Vaccination United Provinces of Agra and Oudh 1923-1928 - 1923-1928
Year: 1923
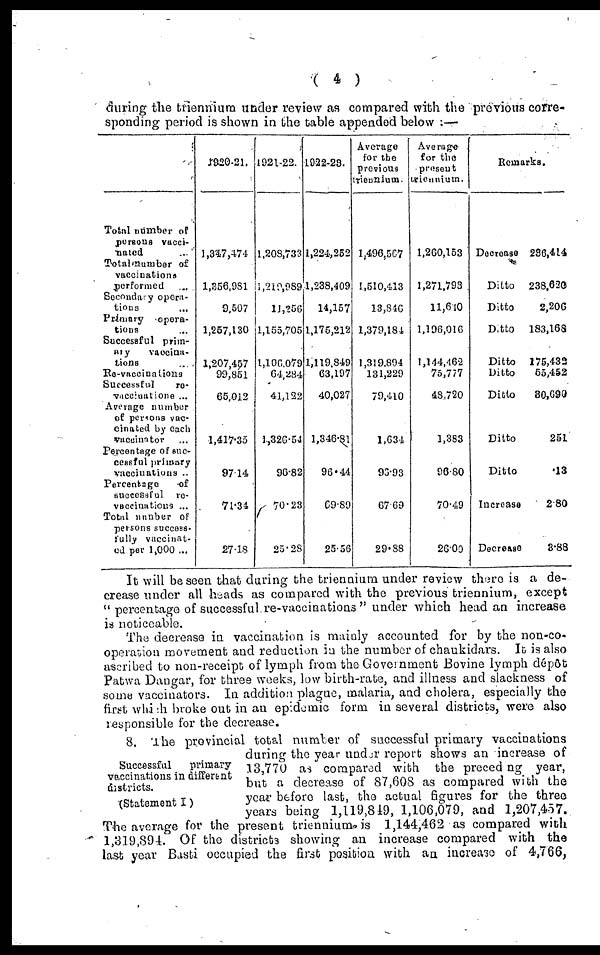
( 4 )
during the triennium under review as compared with the previous corre-
sponding period is shown in the table appended below :—
Total number of
persons vacci-
nated ...
Total number of
vaccinations
performed ...
Secondary opera-
tions ...
Primery
opera-
tions ...
Successful prim-
ary
vaccina-
tions ...
Re-vaccinations
Successful
re-
vaccinations ...
Average number
of persons vac-
cinated by each
vaccinator ...
Percentage of suc-
cessful primary
vaccinations ..
Percentage
of
successful
re-
vaccinations ...
Total number of
persons success-
fully vaccinat-
ed per 1,000 ...
1920-21.
1,347,474
1,358,981
9,507
1,257,130
1,207,457
99,851
65,012
1,417.35
97.14
71.34
27.18
1921-22.
1,208,733
1,219,989
11,256
1,155,705
1,106,079
64,284
41,122
1,326.54
96.82
70.23
25.28
1922-23.
1,224,252
1,238,409
14,157
1,175,212
1,119,849
63,197
40,027
1,346.81
96.44
69.89
25.36
Average
for the
previous
triennium.
1,496,567
1,510,413
13,816
1,379,184
1,319,894
131,229
79,410
1,634
93.93
67.69
29.88
Average
for the
present
trieunium.
1,260,153
1,271,793
11,610
1,196,016
1,144,462
76,777
43,720
1,383
90.80
70.49
26.00
Remarks.
Decrease
Ditto
Ditto
Ditto
Ditto
Ditto
Ditto
Ditto
Ditto
Increase
Decrease
236,414
238,620
2,206
183,168
175,433
55,452
80,690
251
.13
2.80
3.88
It will be seen that during the triennium under review there is a de-
crease under all heads as compared with the previous triennium, except
" percentage of successful re-vaccinations " under which head an increase
is noticeable.
The decrease in vaccination is mainly accounted for by the non-co-
operation movement and reduction in the number of chaukidars. It is also
ascribed to non-receipt of lymph from the Government Bovine lymph dépôt
Patwa Dangar, for three weeks, low birth-rate, and illness and slackness of
some vaccinators. In addition plague, malaria, and cholera, especially the
first which broke out in an cpidemic form in several districts, were also
responsible for the decrease.
Successful primary
vaccinations in different
districts.
(Statement I)
8. The provincial total number of successful primary vaccinations
during the year under report shows an increase of
13,770 as compared with the prceeding year,
but a decrease of 87,608 as compared with the
year before last, the actual figures for the three
years being 1,119,819, 1,106,079, and 1,207,457.
The average for the present triennium is 1,144,462 as compared with
1,319,894. Of the districts showing an increase compared with the
last year Basti occupied the first position with an increase of 4,766,